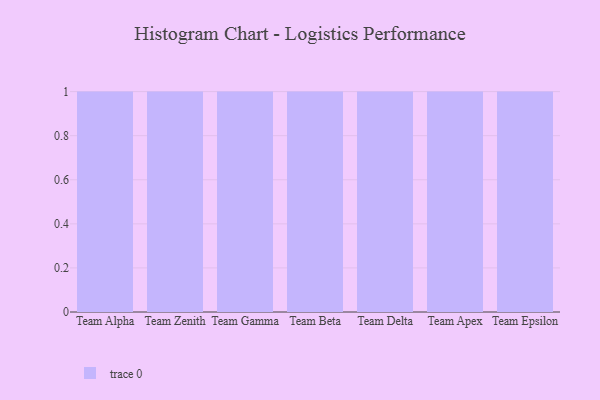
{"axis": {"x": "Team", "y": "Inventory Turnover"}, "legend": [""], "data": [{"x": "Team Alpha", "y": 47, "type": ""}, {"x": "Team Zenith", "y": 68, "type": ""}, {"x": "Team Gamma", "y": 20, "type": ""}, {"x": "Team Beta", "y": 4, "type": ""}, {"x": "Team Delta", "y": 26, "type": ""}, {"x": "Team Apex", "y": 51, "type": ""}, {"x": "Team Epsilon", "y": 33, "type": ""}]}